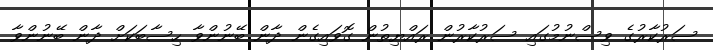
ސަރުކާރުގެ ވިސްނުމުގައި ސަރުކާރުން ރައްޔިތުން ގޮވައިގެން ދާން ބޭނުންވާ ހިސާބަކަށް ދާން ބޭނުންވާ